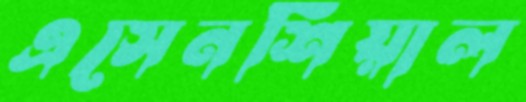
এসেনশিয়াল